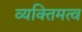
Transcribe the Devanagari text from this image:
व्यक्‍तिमत्व